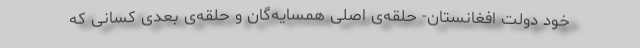
خود دولت افغانستان- حلقه‌ی اصلی همسایه‌گان و حلقه‌ی بعدی کسانی که